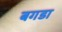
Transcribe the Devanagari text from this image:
बगडा